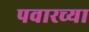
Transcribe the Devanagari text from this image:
पवारच्या